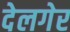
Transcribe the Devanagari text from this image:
देलगेर